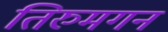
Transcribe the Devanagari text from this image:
तिरुमगन